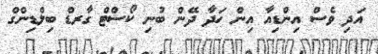
އަދި ވެސް އިންޑިއާ އިން ހަދާ ދޭން ބުނި ކޯސްޓް ގާރޑް ބިލްޑިންގް